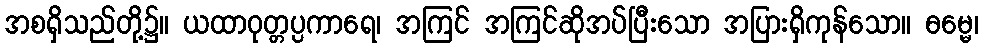
အစရှိသည်တို့၌။ ယထာဝုတ္တပ္ပကာရေ၊ အကြင် အကြင်ဆိုအပ်ပြီးသော အပြားရှိကုန်သော။ ဓမ္မေ၊